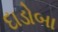
દાડોબા